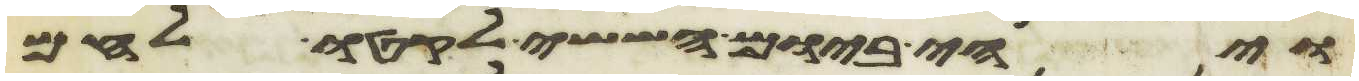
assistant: ויהי ביום הששי לקטו לחם